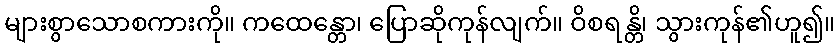
များစွာသောစကားကို။ ကထေန္တော၊ ပြောဆိုကုန်လျက်။ ဝိစရန္တိ၊ သွားကုန်၏ဟူ၍။